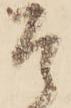
そ